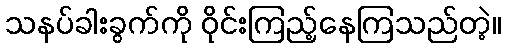
သနပ်ခါးခွက်ကို ဝိုင်းကြည့်နေကြသည်တဲ့။